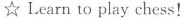
☆ Learn to play chess!